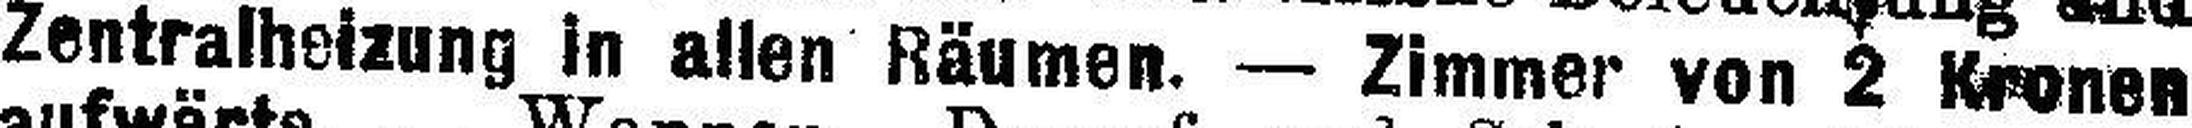
Zentralheizung in allen Räumen. — Zimmer von 2 Kronen